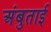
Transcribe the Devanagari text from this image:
अंबुताई